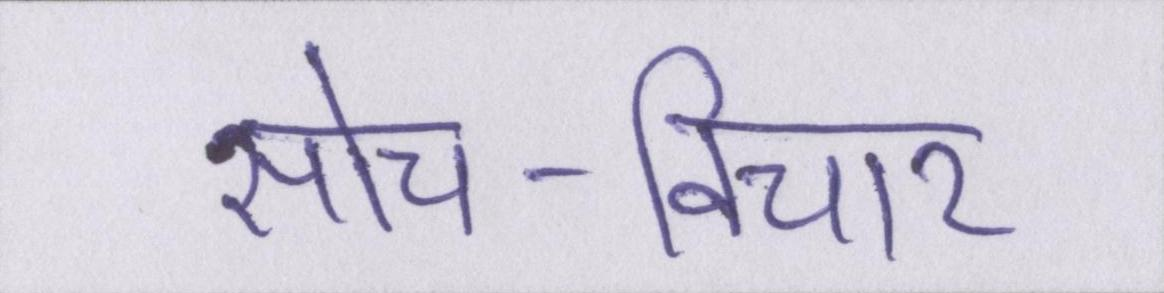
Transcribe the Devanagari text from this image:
सोच-विचार